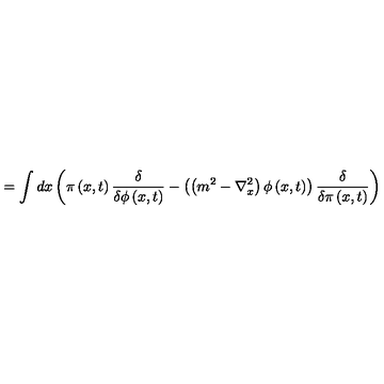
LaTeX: = \int d x \left( \pi \left( x , t \right) \frac { \delta } { \delta \phi \left( x , t \right) } - \left( \left( m ^ { 2 } - \nabla _ { x } ^ { 2 } \right) \phi \left( x , t \right) \right) \frac { \delta } { \delta \pi \left( x , t \right) } \right)